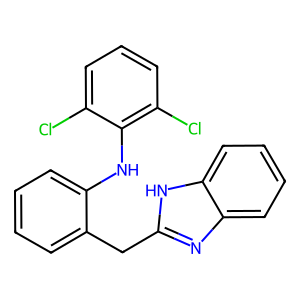
SMILES: Clc1cccc(Cl)c1Nc1ccccc1Cc1nc2ccccc2[nH]1
Inhibits HIV replication: No